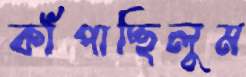
কাঁপাচ্ছিলুম